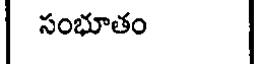
సంభూతం